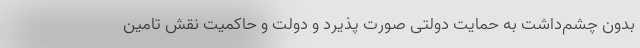
بدون چشم­داشت به حمایت دولتی صورت پذیرد و دولت و حاکمیت نقش تامین